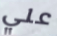
علي